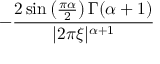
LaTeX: - { \frac { 2 \sin \left( { \frac { \pi \alpha } { 2 } } \right) \Gamma ( \alpha + 1 ) } { | 2 \pi \xi | ^ { \alpha + 1 } } }